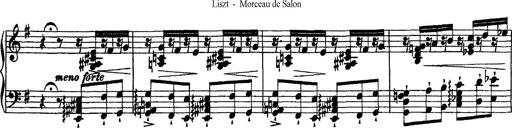
Title: Morceau de Salon
Composer: Josef Adalbert Pacher
Key: D-flat major